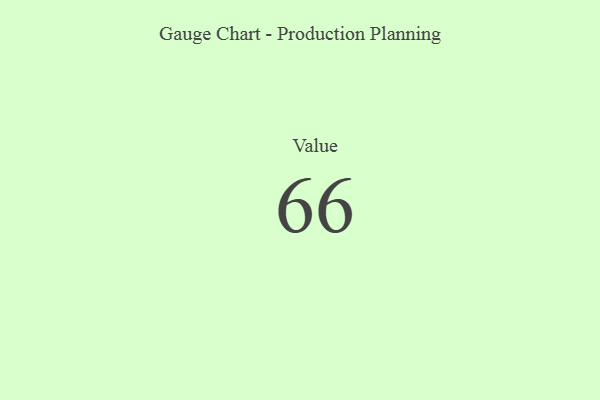
{"axis": {"x": "Metric", "y": "Value"}, "legend": [""], "data": [{"x": "Value", "y": 66, "type": ""}]}